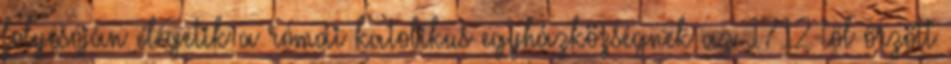
folyosóján elégetik a római katolikus egyházközségnek az 1712-től őrzött